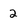
Character: 2